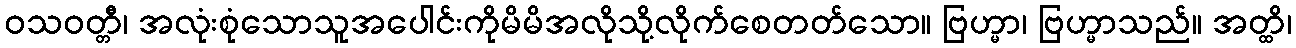
ဝသဝတ္တီ၊ အလုံးစုံသောသူအပေါင်းကိုမိမိအလိုသို့လိုက်စေတတ်သော။ ဗြဟ္မာ၊ ဗြဟ္မာသည်။ အတ္ထိ၊